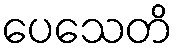
ပေသေတိ